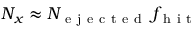
N _ { x } \approx N _ { \mathrm { ~ e ~ j ~ e ~ c ~ t ~ e ~ d ~ } } \, f _ { \mathrm { ~ h ~ i ~ t ~ } }